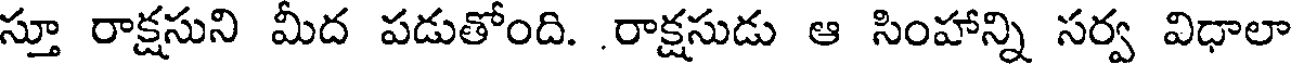
స్తూ రాక్షసుని మీద పడుతోంది. .రాక్షసుడు ఆ సింహాన్ని సర్వ విధాలా